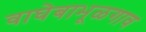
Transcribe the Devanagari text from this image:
वाघेबाभूळगाव